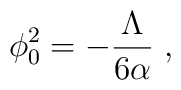
\phi _{0}^{2}=-\frac{\Lambda }{6\alpha }\;,